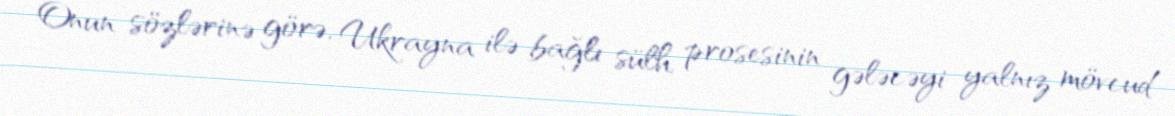
Onun sözlərinə görə, Ukrayna ilə bağlı sülh prosesinin gələcəyi yalnız mövcud